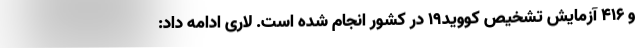
و ۴۱۶ آزمایش تشخیص کووید۱۹ در کشور انجام شده است. لاری ادامه داد: